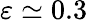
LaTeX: \varepsilon\simeq 0.3